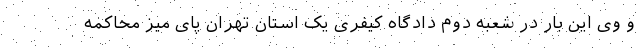
و وی این بار در شعبه دوم دادگاه کیفری یک استان تهران پای میز محاکمه